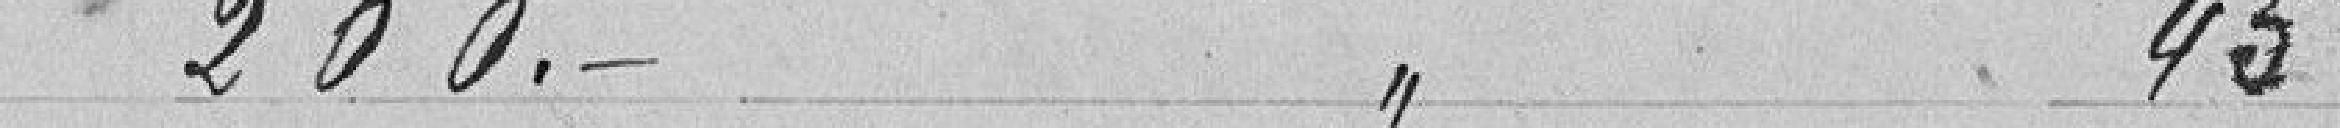
200 francs à l'article 45